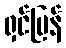
ရှင်ပြန်